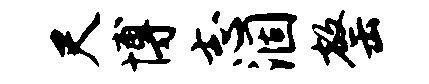
尺博志涸罄